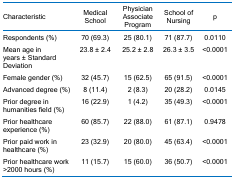
| Characteristic | Medical School | Physician Associate Program | School of Nursing | p |
 | --- | --- | --- | --- | --- |
 | Respondents (%) | 70 (69.3) | 25 (80.1) | 71 (87.7) | 0.0110 |
 | Mean age in years ± Standard Deviation | 23.8 ± 2.4 | 25.2 ± 2.8 | 26.3 ± 3.5 | <0.0001 |
 | Female gender (%) | 32 (45.7) | 15 (62.5) | 65 (91.5) | <0.0001 |
 | Advanced degree (%) | 8 (11.4) | 2 (8.3) | 20 (28.2) | 0.0145 |
 | Prior degree in humanities field (%) | 16 (22.9) | 1 (4.2) | 35 (49.3) | <0.0001 |
 | Prior healthcare experience (%) | 60 (85.7) | 22 (88.0) | 61 (87.1) | 0.9478 |
 | Prior paid work in healthcare (%) | 23 (32.9) | 20 (80.0) | 45 (63.4) | <0.0001 |
 | Prior healthcare work >2000 hours (%) | 11 (15.7) | 15 (60.0) | 36 (50.7) | <0.0001 |